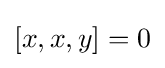
[x,x,y]=0